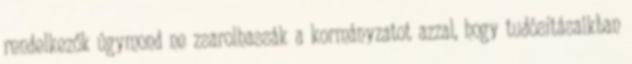
rendelkezők úgymond ne zsarolhassák a kormányzatot azzal, hogy tudósításaikban